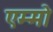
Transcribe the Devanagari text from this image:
एम्मो